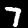
Digit: 7